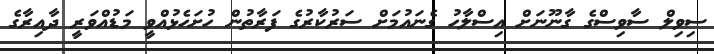
ސިވިލް ސާވިސްގެ ގާނޫނަށް އިސްލާހު ގެނައުމަށް ސަރުކާރުގެ ފަރާތުން ހުށަހެޅުއްވީ މަޑުއްވަރީ ދާއިރާގެ